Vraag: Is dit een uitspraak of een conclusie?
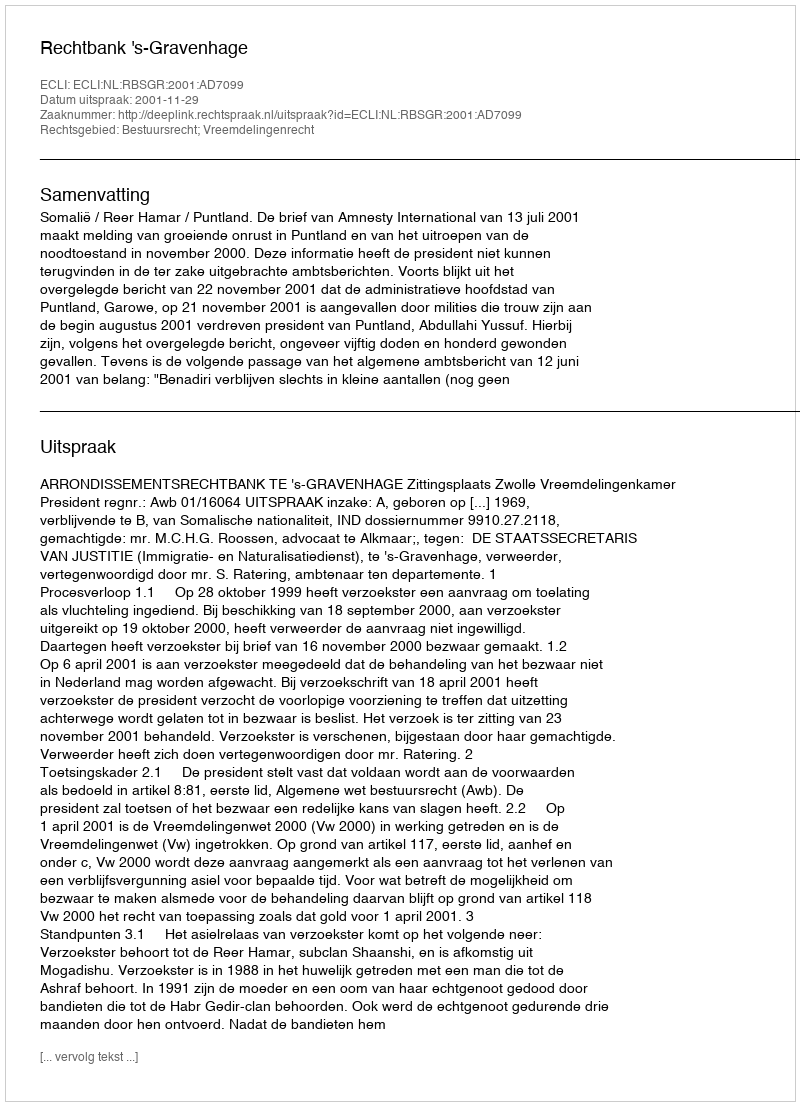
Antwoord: Uitspraak